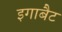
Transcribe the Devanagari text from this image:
इगाबैट